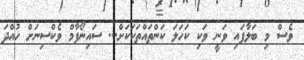
ވެސް މި ބަލާފައި ވަނީ ވަކި ކަހަލަ ކަންތައްތަކަކަށް... ސައިނޯފާމް ވެކްސިނަށް ހުއްދަ